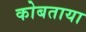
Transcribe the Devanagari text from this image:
कोबताया